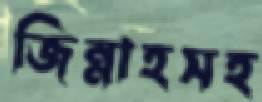
জিন্নাহসহ